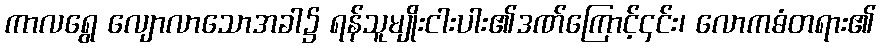
ကာလရွေ လျောလာသောအခါ၌ ရန်သူမျိုးငါးပါး၏ဒဏ်ကြောင့်၄င်း၊ လောကဓံတရား၏